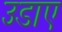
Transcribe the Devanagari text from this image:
उडाए